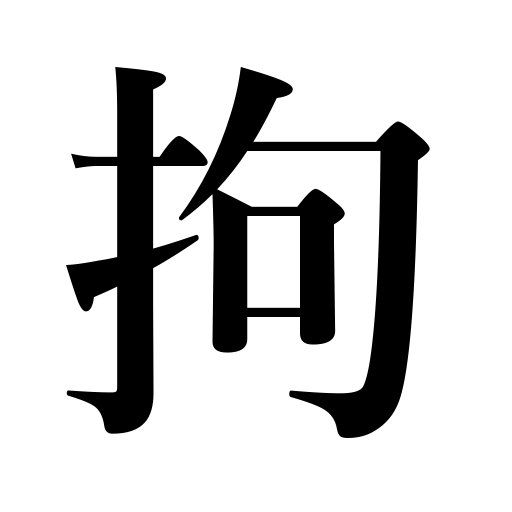
Meanings: arrest,seize